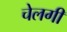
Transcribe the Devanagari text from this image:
चेलगी